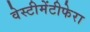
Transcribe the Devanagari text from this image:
वेस्टीमेंटीफेरा